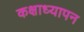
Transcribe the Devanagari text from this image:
कक्षाध्यापन